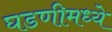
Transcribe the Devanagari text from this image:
घडणीमध्ये